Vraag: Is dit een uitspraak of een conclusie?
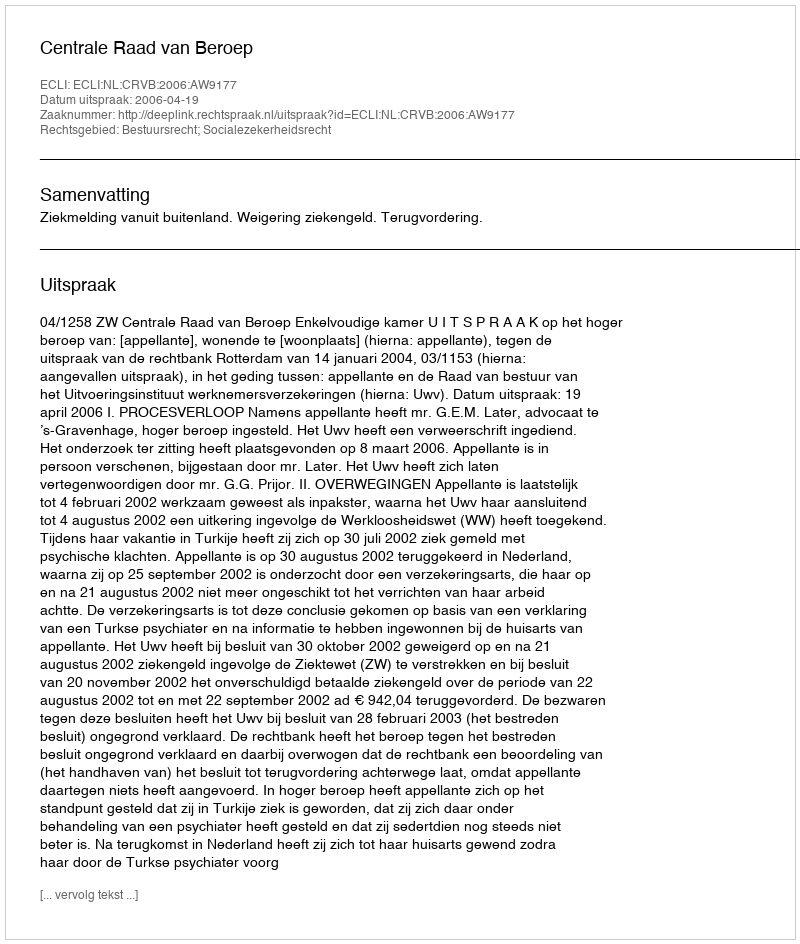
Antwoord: Uitspraak